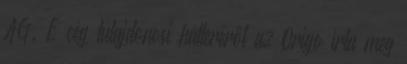
AG. E cég tulajdonosi hátteréről az Origo írta meg